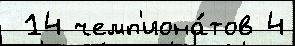
 14 чемп'иона́тов 4